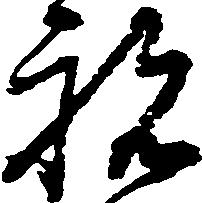
祝